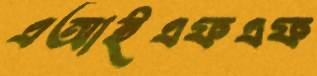
এআইএফএফ